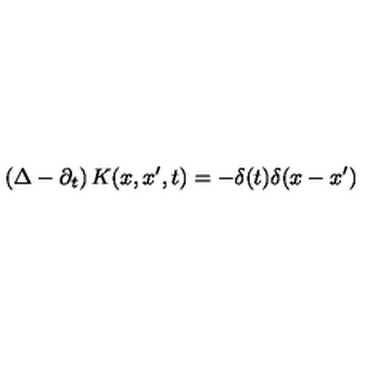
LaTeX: \left( \Delta - \partial _ { t } \right) K ( x , x ^ { \prime } , t ) = - \delta ( t ) \delta ( x - x ^ { \prime } )